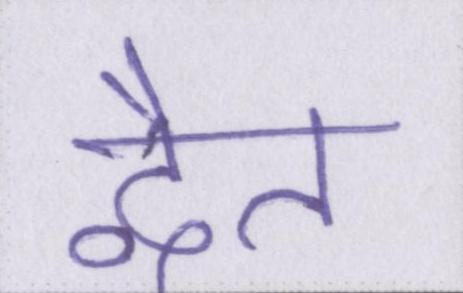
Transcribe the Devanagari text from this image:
द्वैत